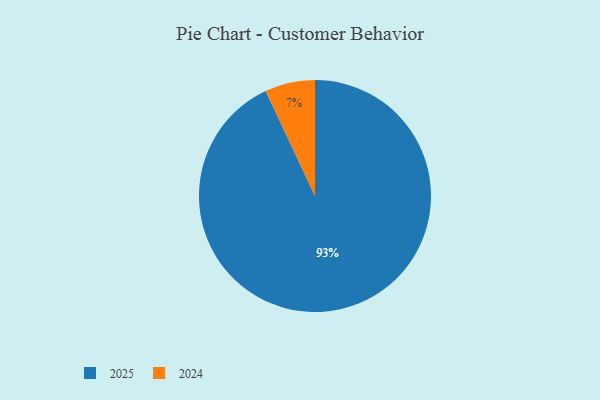
{"axis": {"x": "Category", "y": "Percentage"}, "legend": ["2024", "2025"], "data": [{"x": "2024", "y": 7, "type": "2024"}, {"x": "2025", "y": 93, "type": "2025"}]}